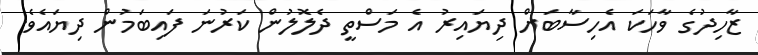
ޒާހިދުގެ ވާހަކަ އެހިސާބަށް ދިޔައިރު އެ މަސްތީ ދެލޮލުން ކަރުނަ ފައިބަމުން ދިޔައެވެ.